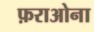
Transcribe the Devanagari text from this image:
फ़राओना